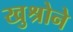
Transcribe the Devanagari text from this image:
खुश्रोने